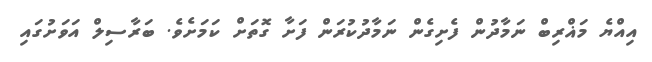
އިއްޔެ މަޣްރިބް ނަމާދުން ފެށިގެން ނަމާދުކުރަން ފަށާ ގޮތަށް ކަމަށެވެ. ބަރާސިލް އަވަށުގައި